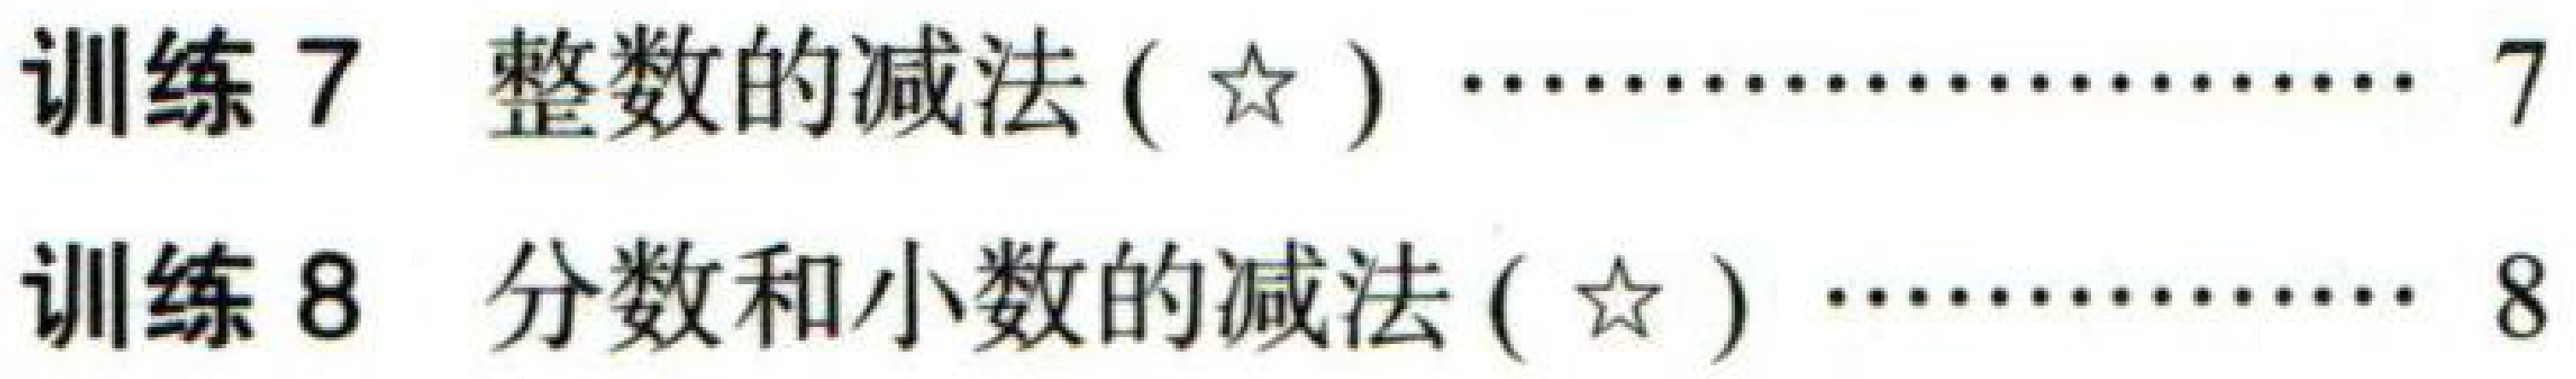
训练 \(7\) 整数的减法 (\(☆\)) \(\cdots\cdots\cdots\cdots\cdots\cdots\cdots\cdots\cdots 7\)
训练 \(8\) 分数和小数的减法 (\(☆\)) \(\cdots\cdots\cdots\cdots\cdots\cdots 8\)